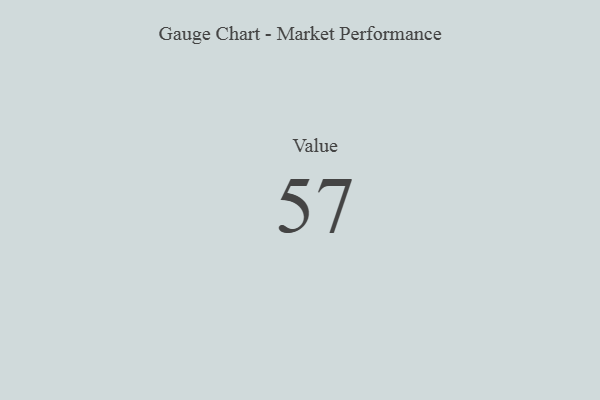
{"axis": {"x": "Metric", "y": "Value"}, "legend": [""], "data": [{"x": "Value", "y": 57, "type": ""}]}